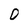
Character: D